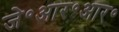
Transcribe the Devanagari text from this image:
जे॰आर॰आर॰